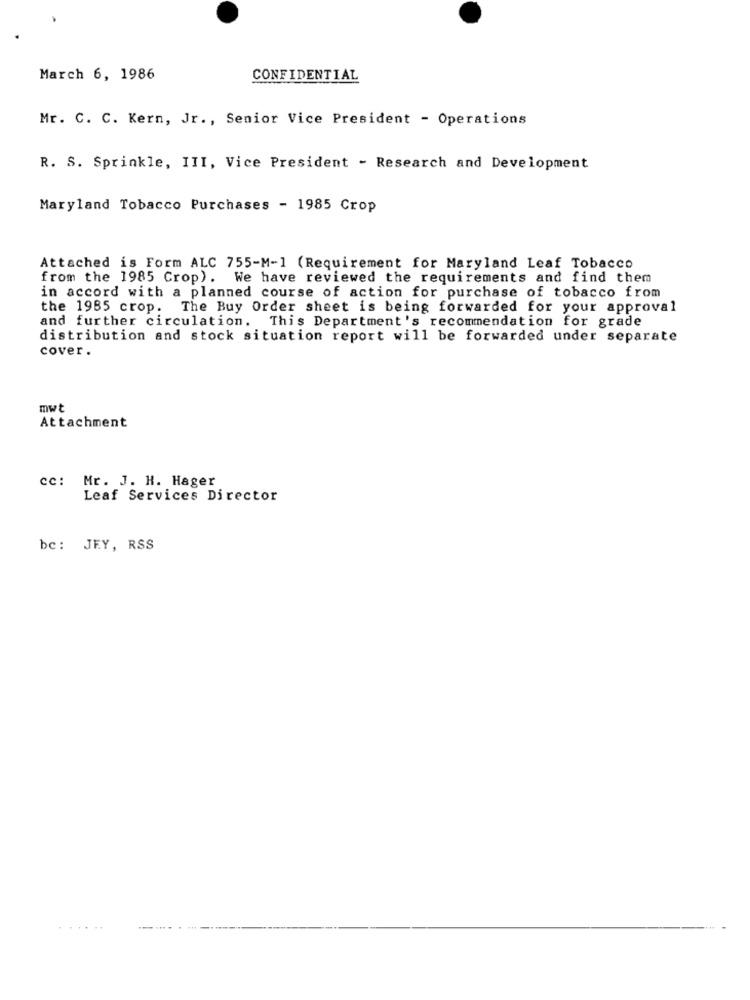
March 6, 1986
CONFIDENTIAL
Mr. C. C. Kern, Jr ., Senior Vice President - Operations
R. S. Sprinkle, III, Vice President - Research and Development
Maryland Tobacco Purchases - 1985 Crop
Attached is Form ALC 755-M-1 (Requirement for Maryland Leaf Tobacco
from the 1985 Crop). We have reviewed the requirements and find them
in accord with a planned course of action for purchase of tobacco from
the 1985 crop. The Buy Order sheet is being forwarded for your approval
and further circulation. This Department's recommendation for grade
distribution and stock situation report will be forwarded under separate
cover.
mwt
Attachment
cc: Mr. J. H. Hager
Leaf Services Director
bc: JEY, RSS
......